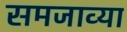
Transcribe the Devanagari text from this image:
समजाव्या